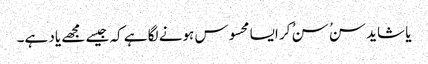
یا شاید سنُ سنُ کر ایسا محسوس ہونے لگا ہے کہ جیسے مجھے یاد ہے۔